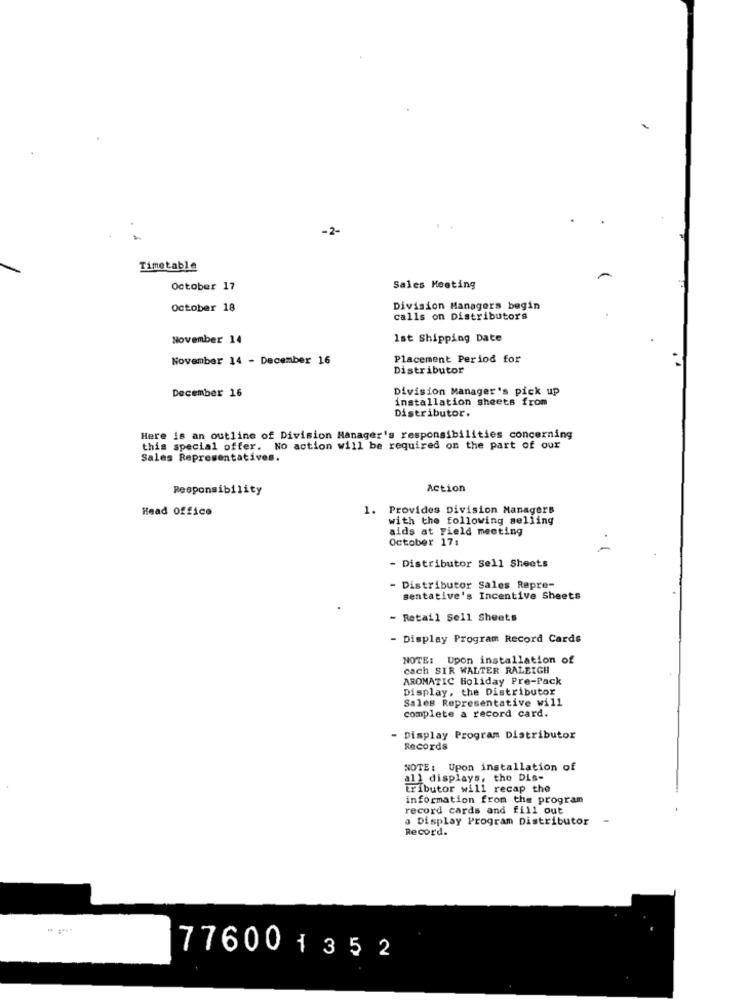
-2-
Timetable
October 17
Sales Meeting
October 18
Division Managers begin
calls on Distributors
November 14
Ist Shipping Date
November 14 - December 16
Placement Period for
Distributor
December 16
Division Manager's pick up
installation sheets from
Distributor.
Here is an outline of Division Manager's responsibilities concerning
this special offer. No action will be required on the part of our
Sales Representatives.
Responsibility
Action
Head Office
1. Provides Division Managers
with the following selling
aids at Field meeting
October 17:
- Distributor Sell Sheets
- Distributor Sales Repre-
sentative's Incentive Sheets
- Retail Sell Sheets
- Display Program Record Cards
NOTE: Upon installation of
cach SIR WALTER RALEIGH
AROMATIC Boliday Pre-Pack
Display, the Distributor
Sales Representative will
complete a record card.
- Display Program Distributor
Records
NOTE: Upon installation of
all displays, the Dis-
tributor will recap the
information from the program
record cards and fill out
a Display Program Distributor
Record.
776001352